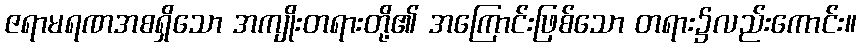
ဇရာမရဏအစရှိသော အကျိုးတရားတို့၏ အကြောင်းဖြစ်သော တရား၌လည်းကောင်း။